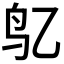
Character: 𱉇